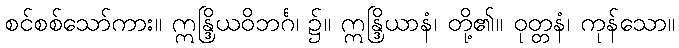
စင်စစ်သော်ကား။ ဣန္ဒြိယဝိဘင်္ဂ၊ ၌။ ဣန္ဒြိယာနံ၊ တို့၏။ ဝုတ္တနံ၊ ကုန်သော။